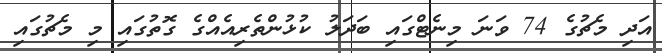
އަދި މެޗުގެ 74 ވަނަ މިނެޓްގައި ބަދަލު ކުޅުންތެރިއެއްގެ ގޮތުގައި މި މެޗުގައި